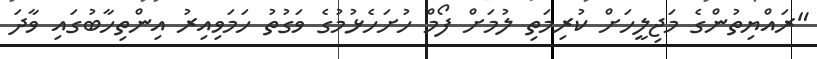
"ރައްޔިތުންގެ މަޖިލީހަށް ކުރިމަތި ލުމަށް ފޯމް ހުށަހެޅުމުގެ ވަގުތު ހަމަވިއިރު އިންތިހާބުގައި ވާދަ